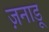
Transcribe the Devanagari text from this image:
ज़नाडू